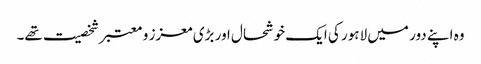
وہ اپنے دور میں لاہور کی ایک خوشحال اور بڑی معزز و معتبر شخصیت تھے۔